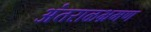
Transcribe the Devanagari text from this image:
अंतराळभ्रमण